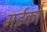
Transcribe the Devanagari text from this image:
मईको